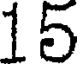
15